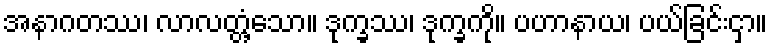
အနာဂတဿ၊ လာလတ္တံ့သော။ ဒုက္ခဿ၊ ဒုက္ခကို။ ပဟာနာယ၊ ပယ်ခြင်းငှာ။